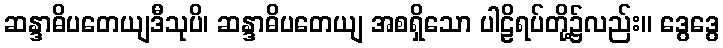
ဆန္ဒာဓိပတေယျဒီသုပိ၊ ဆန္ဒာဓိပတေယျ အစရှိသော ပါဠိရပ်တို့၌လည်း။ ဒွေဒွေ